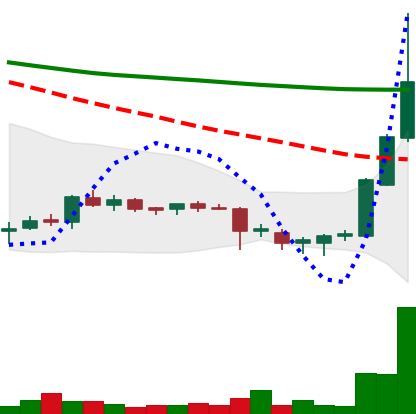
Ticker: DOGE-USD
Chart end date: 2018-07-18
Forward return: -7.57%
Label: down_7plus